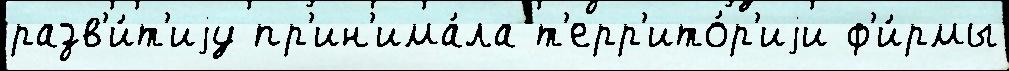
разв'и́т'иjу пр'ин'има́ла т'ерр'ито́р'иjи ф'и́рмы